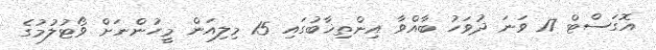
އޮގަސްޓް 17 ވަނަ ދުވަހު ބާއްވާ އިންތިޚާބުގައި 15 މިލިއަން މީހުންނަށް ވޯޓުލުމުގެ